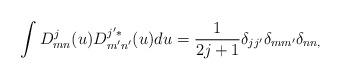
LaTeX: \begin{align*}\int D^{j}_{mn}(u)D^{j'*}_{m'n'}(u)du=\frac{1}{2j+1}\delta _{jj'}\delta _{mm'}\delta _{nn,}\end{align*}